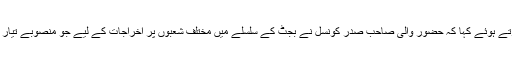
رحمد ل خان سکنہ کوٹہ نے بجٹ پر بحث کرتے ہوئے کہا کہ حضور والی صاحب صدر کونسل نے بجٹ کے سلسلے میں مختلف شعبوں پر اخراجات کے لیے جو منصوبے تیار کیے ہیں، وہ واقعی قابلِ داد و قابل تحسین ہیں۔